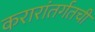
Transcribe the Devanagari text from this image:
करारांतर्गतची